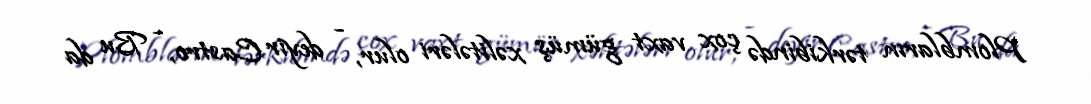
Plombların tərkibində çox vaxt gümüş xəlitələri olur, - deyir Castro, - Bu da